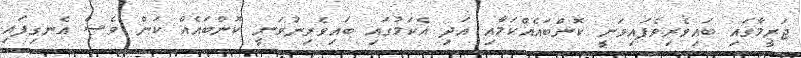
ޖަރީމާގައި ބައިވެރިވެފައިވަނީ ކޮންބައެއްކަމާއި އަދި އެކަމުގައި ބައިވެރިނުވަނީ ކޮންބައެއް ކަން ވެސް އެނގިފައި